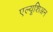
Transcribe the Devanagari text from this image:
एल्यूशिअन